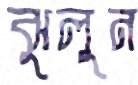
ঝুলুন